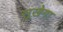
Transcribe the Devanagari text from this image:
सूखेगा